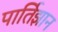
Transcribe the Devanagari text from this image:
पार्तिझान